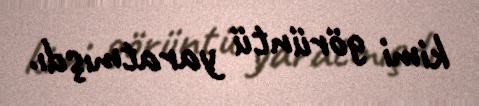
kimi görüntü yaratmışdı.